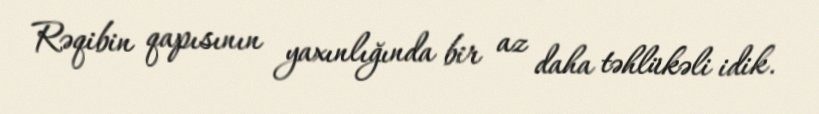
Rəqibin qapısının yaxınlığında bir az daha təhlükəli idik.